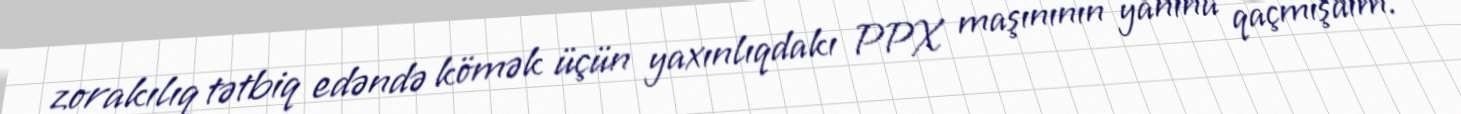
zorakılıq tətbiq edəndə kömək üçün yaxınlıqdakı PPX maşınının yanına qaçmışdım.